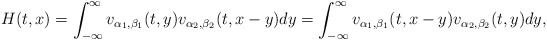
\begin{align*}H(t, x) = \int_{-\infty}^{\infty} v_{\alpha_{1}, \beta_{1}}(t, y) v_{\alpha_{2}, \beta_{2}}(t, x-y) dy = \int_{-\infty}^{\infty} v_{\alpha_{1}, \beta_{1}}(t, x-y) v_{\alpha_{2}, \beta_{2}}(t, y) dy,\end{align*}